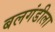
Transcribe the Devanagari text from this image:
बलगंडीला